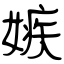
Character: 嫉